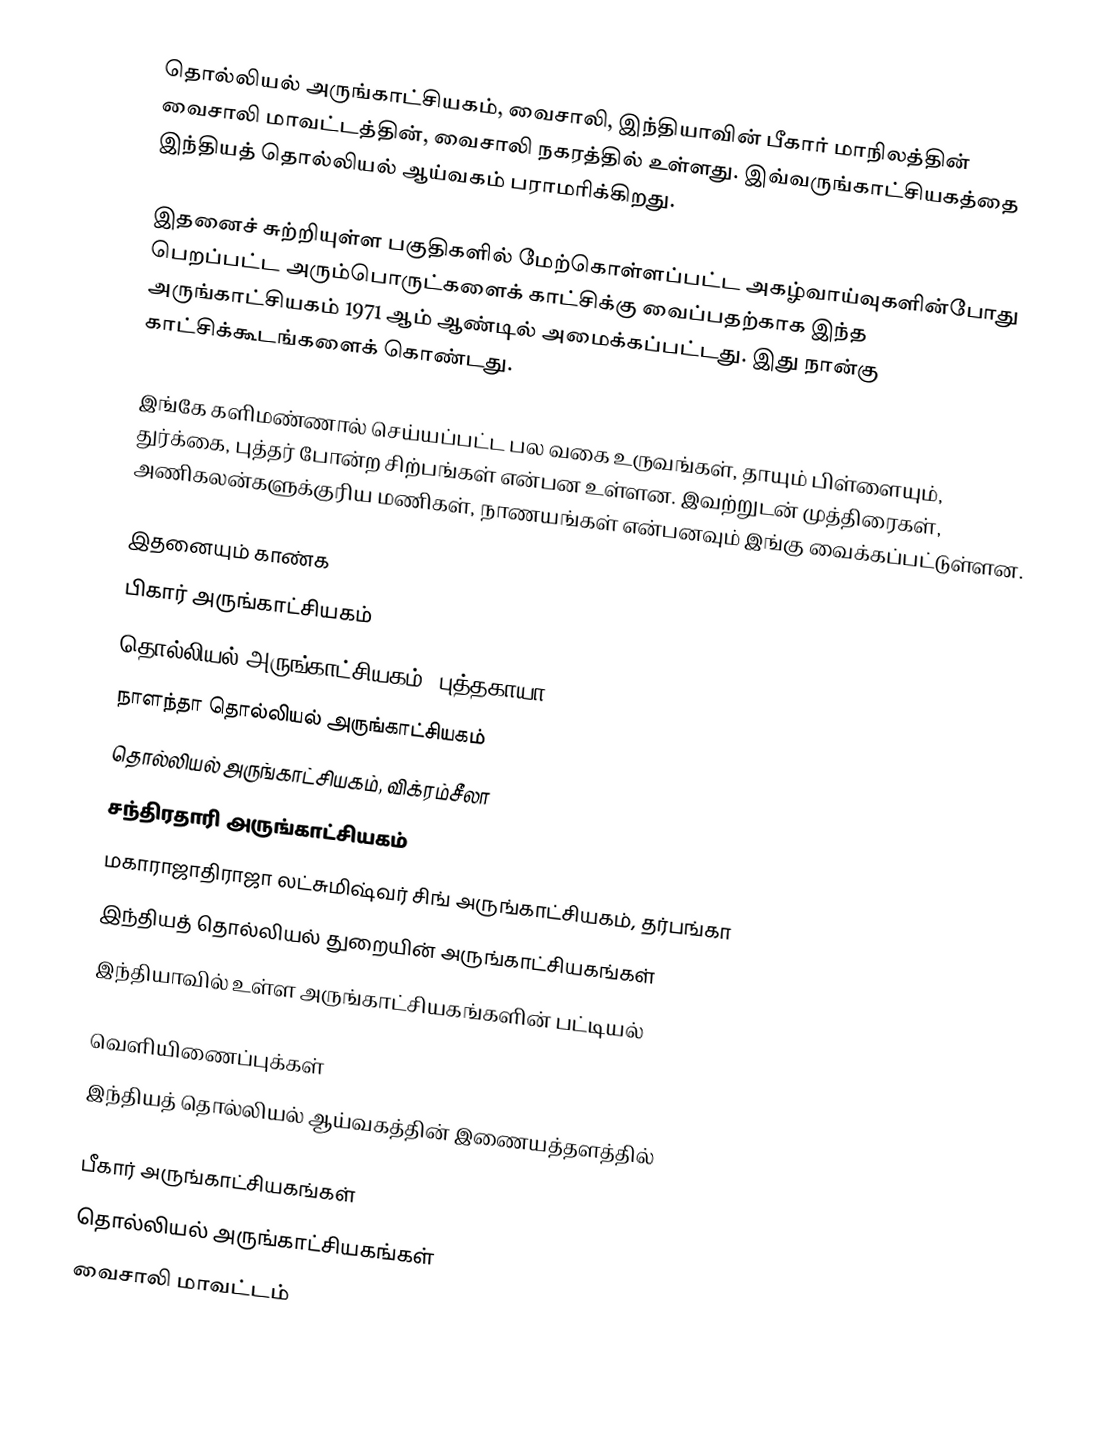
தொல்லியல் அருங்காட்சியகம், வைசாலி, இந்தியாவின் பீகார் மாநிலத்தின் வைசாலி மாவட்டத்தின், வைசாலி நகரத்தில் உள்ளது. இவ்வருங்காட்சியகத்தை இந்தியத் தொல்லியல் ஆய்வகம்  பராமரிக்கிறது.

இதனைச் சுற்றியுள்ள பகுதிகளில் மேற்கொள்ளப்பட்ட அகழ்வாய்வுகளின்போது பெறப்பட்ட அரும்பொருட்களைக் காட்சிக்கு வைப்பதற்காக இந்த அருங்காட்சியகம் 1971 ஆம் ஆண்டில் அமைக்கப்பட்டது. இது நான்கு காட்சிக்கூடங்களைக் கொண்டது.

இங்கே களிமண்ணால் செய்யப்பட்ட பல வகை உருவங்கள், தாயும் பிள்ளையும், துர்க்கை, புத்தர் போன்ற சிற்பங்கள் என்பன உள்ளன. இவற்றுடன் முத்திரைகள், அணிகலன்களுக்குரிய மணிகள், நாணயங்கள் என்பனவும் இங்கு வைக்கப்பட்டுள்ளன.

இதனையும் காண்க
 பிகார் அருங்காட்சியகம்
 தொல்லியல் அருங்காட்சியகம், புத்தகாயா
 நாளந்தா தொல்லியல் அருங்காட்சியகம்
 தொல்லியல் அருங்காட்சியகம், விக்ரம்சீலா
 சந்திரதாரி அருங்காட்சியகம்
 மகாராஜாதிராஜா லட்சுமிஷ்வர் சிங் அருங்காட்சியகம், தர்பங்கா
 இந்தியத் தொல்லியல் துறையின் அருங்காட்சியகங்கள்
 இந்தியாவில் உள்ள அருங்காட்சியகங்களின் பட்டியல்

வெளியிணைப்புக்கள்
 இந்தியத் தொல்லியல் ஆய்வகத்தின் இணையத்தளத்தில்

பீகார் அருங்காட்சியகங்கள்
தொல்லியல் அருங்காட்சியகங்கள்
வைசாலி மாவட்டம்